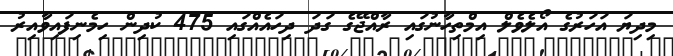
މިދިޔަ އަހަރުގެ އޯލެވެލް އިމްތިހާނުގައި ރާއްޖޭގެ ގަދަ ދިހައެއްގައި 475 ކުދިން ހިމެނިފައިވާއިރު